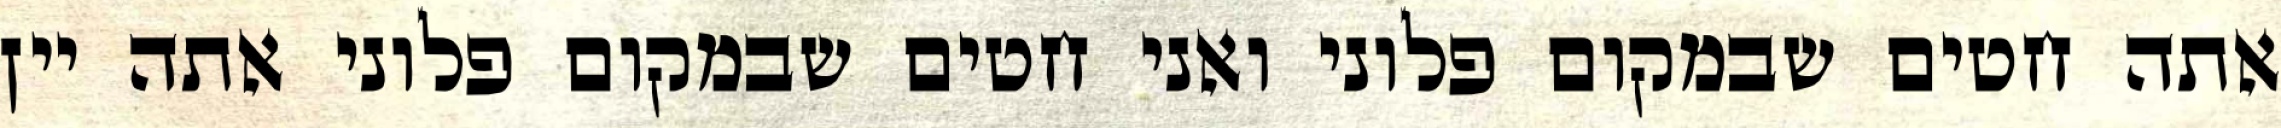
אתה חטים שבמקום פלוני ואני חטים שבמקום פלוני אתה יין